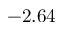
- 2 . 6 4